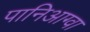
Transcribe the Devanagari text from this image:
पानिआग्वा